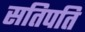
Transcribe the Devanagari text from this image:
सतिपति